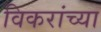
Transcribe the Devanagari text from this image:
विकरांच्या